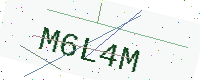
Text: M6L4M